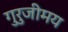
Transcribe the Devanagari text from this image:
गुरुजीमय